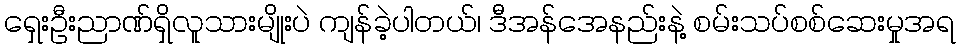
ရှေးဦးညာဏ်ရှိလူသားမျိုးပဲ ကျန်ခဲ့ပါတယ်၊ ဒီအန်အေနည်းနဲ့ စမ်းသပ်စစ်ဆေးမှုအရ